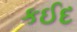
કઈદ